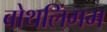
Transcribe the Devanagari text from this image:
बोथलिंगम